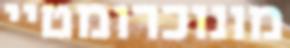
מונוכרומטיי